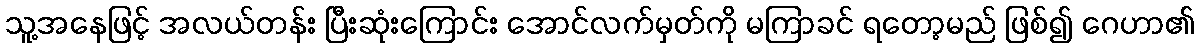
သူ့အနေဖြင့် အလယ်တန်း ပြီးဆုံးကြောင်း အောင်လက်မှတ်ကို မကြာခင် ရတော့မည် ဖြစ်၍ ဂေဟာ၏